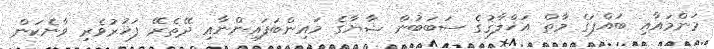
މަންމައާއި ބައްޕަގެ މާތް އަޚްލާޤުގެ ސަބަބުން ޝާޔާގެ މައިންބަފައިންނާއި ދޭތެރޭ ފަޚުރުވެރި ވާނެކަން